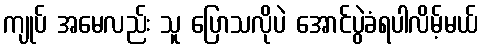
ကျုပ် အမေလည်း သူ ပြောသလိုပဲ အောင်ပွဲခံရပါလိမ့်မယ်